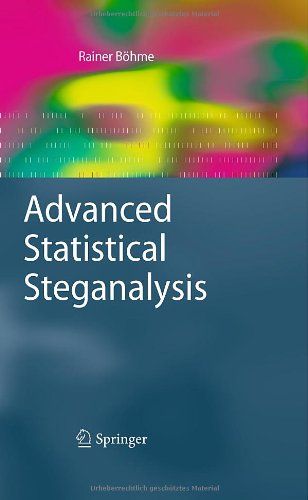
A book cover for Advanced Statistical Steganalysis (Information Security and Cryptography); Rainer BÃ¶hme; Computers & Technology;